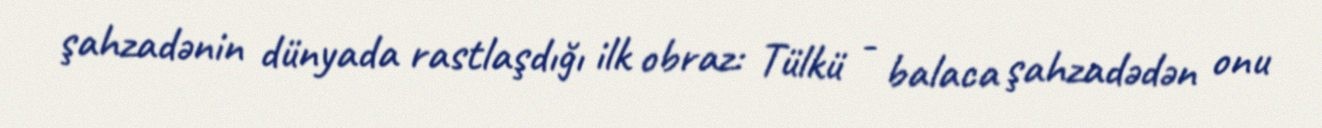
şahzadənin dünyada rastlaşdığı ilk obraz: Tülkü - balaca şahzadədən onu